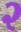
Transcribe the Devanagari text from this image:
२